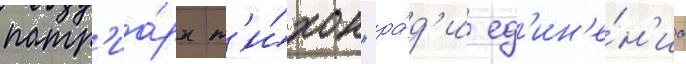
патр'иа́рх т'и́хон "ра́д'и ед'ин'е́н'иа